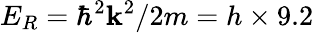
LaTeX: E_{R}=\hbar^{2}\mathbf{k}^{2}/2m=h\times9.2